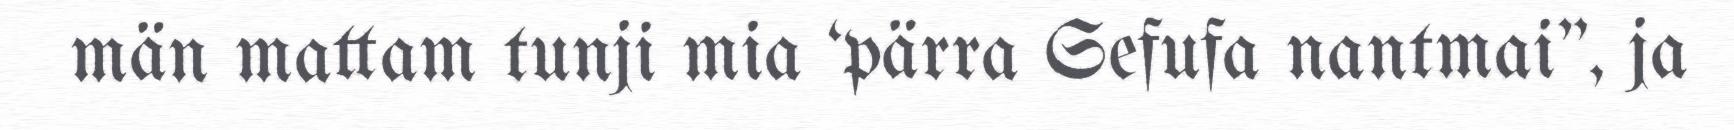
män mattam tunji mia ‘pärra Sefufa nantmai", ja